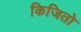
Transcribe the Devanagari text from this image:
किजितो